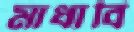
মাধাবি